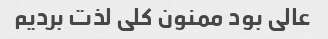
عالی بود ممنون کلی لذت بردیم